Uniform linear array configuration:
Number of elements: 8
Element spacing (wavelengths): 0.75
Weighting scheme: blackman
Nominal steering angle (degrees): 60
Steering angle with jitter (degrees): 61.588
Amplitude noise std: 0.05
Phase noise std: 0.05

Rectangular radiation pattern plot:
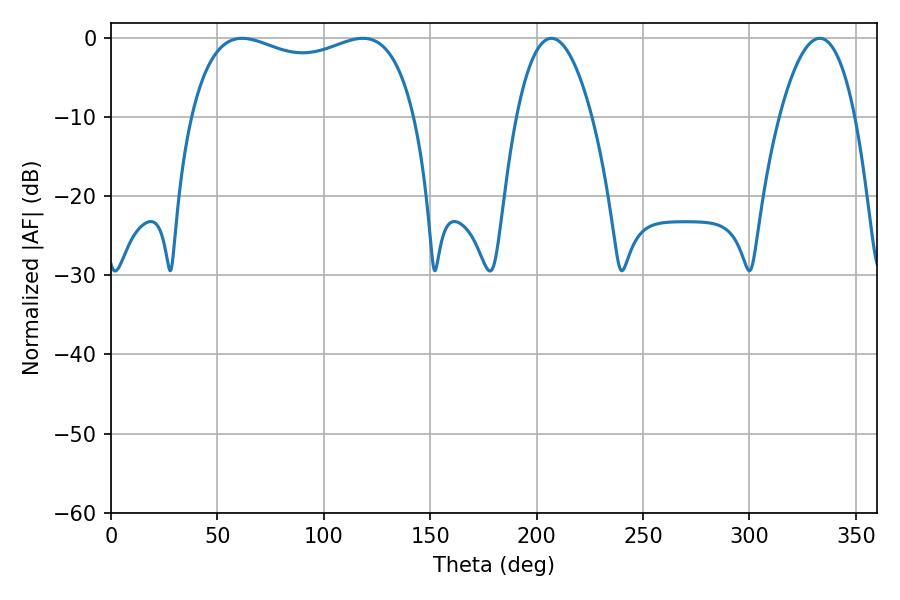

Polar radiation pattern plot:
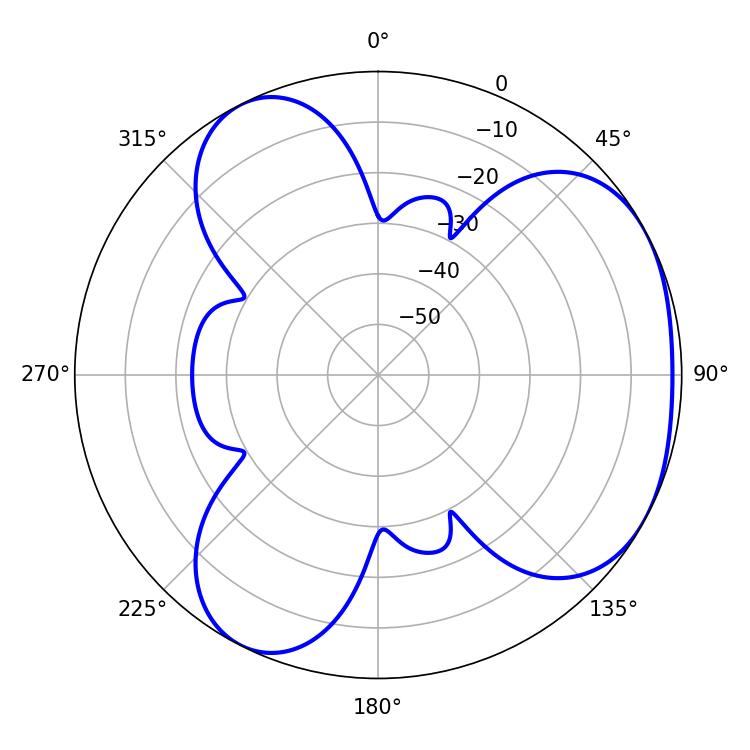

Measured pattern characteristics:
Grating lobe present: TRUE
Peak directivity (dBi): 3.759
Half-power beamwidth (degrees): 19.62
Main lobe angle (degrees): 207